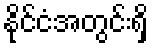
နိုင်ငံအတွင်းရှိ